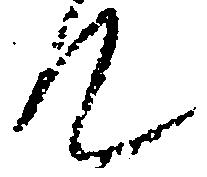
て